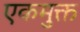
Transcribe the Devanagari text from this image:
एकमुक्त